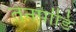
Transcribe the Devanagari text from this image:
तेनपांडि